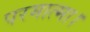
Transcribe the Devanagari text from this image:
परमात्मा।